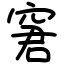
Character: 窘